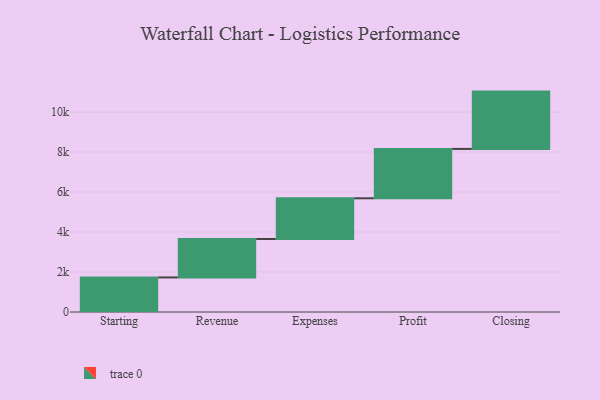
{"axis": {"x": "Step", "y": "Value"}, "legend": [""], "data": [{"x": "Starting", "y": 1728.0, "type": ""}, {"x": "Revenue", "y": 1923.0, "type": ""}, {"x": "Expenses", "y": 2035.0, "type": ""}, {"x": "Profit", "y": 2469.0, "type": ""}, {"x": "Closing", "y": 2866.0, "type": ""}]}